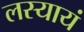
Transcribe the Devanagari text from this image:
लस्यायं